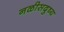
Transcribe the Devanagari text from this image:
नळीसदुष्य